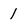
Character: 1